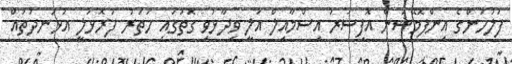
ފުލުހުންގެ އިންފޮމޭޝަން އޮފިސަރު އިސްމާއިލް އަލީ ވިދާޅުވި ގޮތުގައި ހަތަރު ފުރޮޅުލީ އުޅަނދުތައް